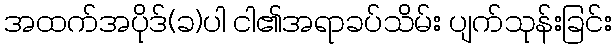
အထက်အပိုဒ်(ခ)ပါ ငါ၏အရာခပ်သိမ်း ပျက်သုန်းခြင်း